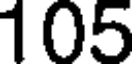
105